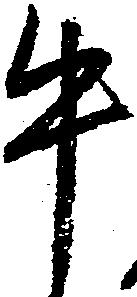
牛